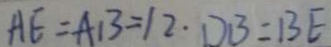
A E = A B = 1 2 \cdot D B = B E